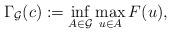
LaTeX: \begin{align*} \Gamma_{\mathcal{G}}(c):=\inf_{A\in \mathcal{G}}\max_{u \in A} F(u),\end{align*}